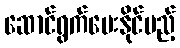
ဆောင်ရွက်ပေးနိုင်မည့်